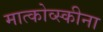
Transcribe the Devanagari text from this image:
मात्कोव्स्कीना